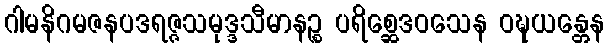
ဂါမနိဂမဇနပဒရဇ္ဇသမုဒ္ဒသီမာနဉ္စ ပရိစ္ဆေဒဝသေန ဝဍ္ဎယန္တေန